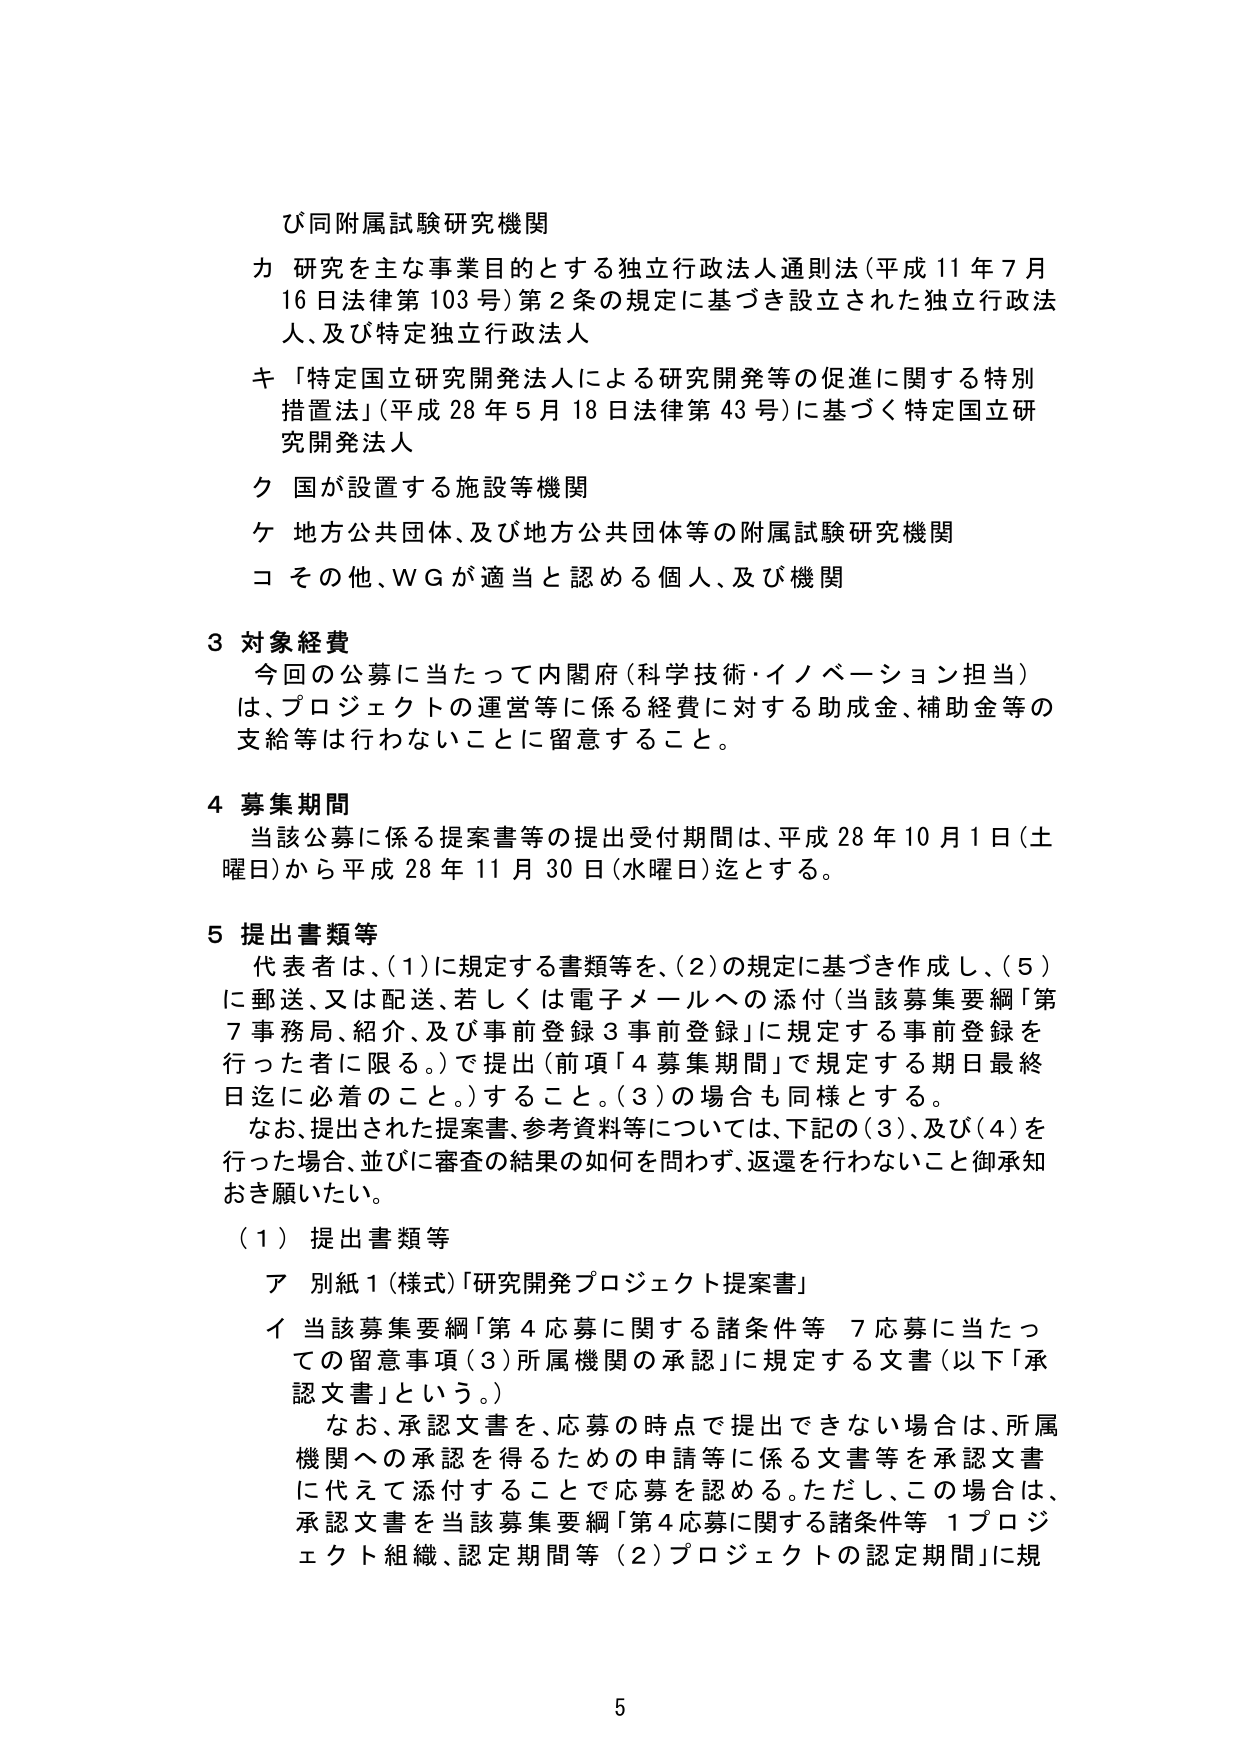
び同附属試験研究機関
カ 研究を主な事業目的とする独立行政法人通則法（平成11年7月16日法律第103号）第2条の規定に基づき設立された独立行政法人、及び特定独立行政法人
キ 「特定国立研究開発法人による研究開発等の促進に関する特別措置法」（平成28年5月18日法律第43号）に基づく特定国立研究開発法人
ク 国が設置する施設等機関
ケ 地方公共団体、及び地方公共団体等の附属試験研究機関
コ その他、WGが適当と認める個人、及び機関

3 対象経費
今回の公募に当たって内閣府（科学技術・イノベーション担当）は、プロジェクトの運営等に係る経費に対する助成金、補助金等の支給等は行わないことに留意すること。

4 募集期間
当該公募に係る提案書等の提出受付期間は、平成28年10月1日（土曜日）から平成28年11月30日（水曜日）迄とする。

5 提出書類等
代表者は、（1）に規定する書類等を、（2）の規定に基づき作成し、（5）に郵送、又は配送、若しくは電子メールへの添付（当該募集要綱「第7事務局、紹介、及び事前登録3事前登録」に規定する事前登録を行った者に限る。）で提出（前項「4募集期間」で規定する期日最終日迄に必着のこと。）すること。（3）の場合も同様とする。
なお、提出された提案書、参考資料等については、下記の（3）、及び（4）を行った場合、並びに審査の結果の如何を問わず、返還を行わないこと御承知おき願いたい。

（1）提出書類等
ア 別紙1（様式）「研究開発プロジェクト提案書」
イ 当該募集要綱「第4応募に関する諸条件等 7応募に当たっての留意事項（3）所属機関の承認」に規定する文書（以下「承認文書」という。）
なお、承認文書を、応募の時点で提出できない場合は、所属機関への承認を得るための申請等に係る文書等を承認文書に代えて添付することで応募を認める。ただし、この場合は、承認文書を当該募集要綱「第4応募に関する諸条件等 1プロジェクト組織、認定期間等（2）プロジェクトの認定期間」に規

5